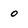
Character: 0